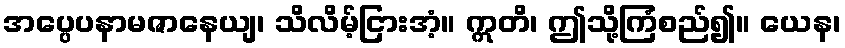
အပ္ပေပနာမဇာနေယျ၊ သိလိမ့်ငြားအံ့။ ဣတိ၊ ဤသို့ကြံစည်၍။ ယေန၊